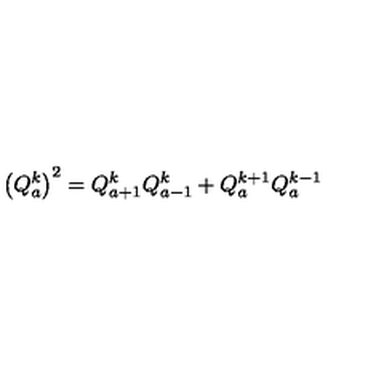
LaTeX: \left( Q _ { a } ^ { k } \right) ^ { 2 } = Q _ { a + 1 } ^ { k } Q _ { a - 1 } ^ { k } + Q _ { a } ^ { k + 1 } Q _ { a } ^ { k - 1 }